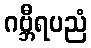
ဂဗ္ဘီရပညံ